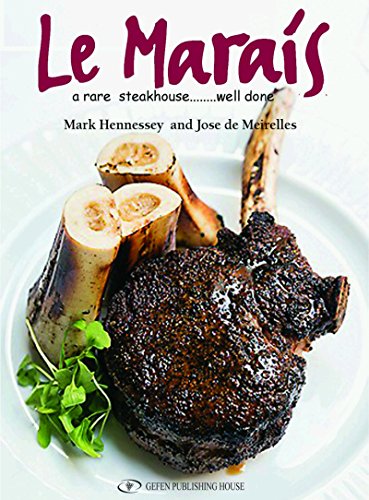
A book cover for Le Marais: A Rare Steakhouse - Well Done; Jose Meirelles; Cookbooks, Food & Wine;